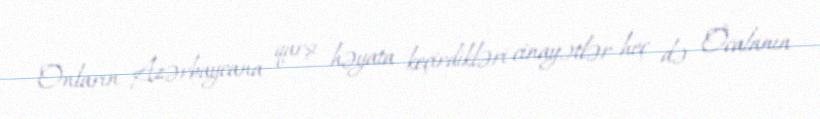
Onların Azərbaycana qarşı həyata keçirdikləri cinayətlər heç də Öcalanın